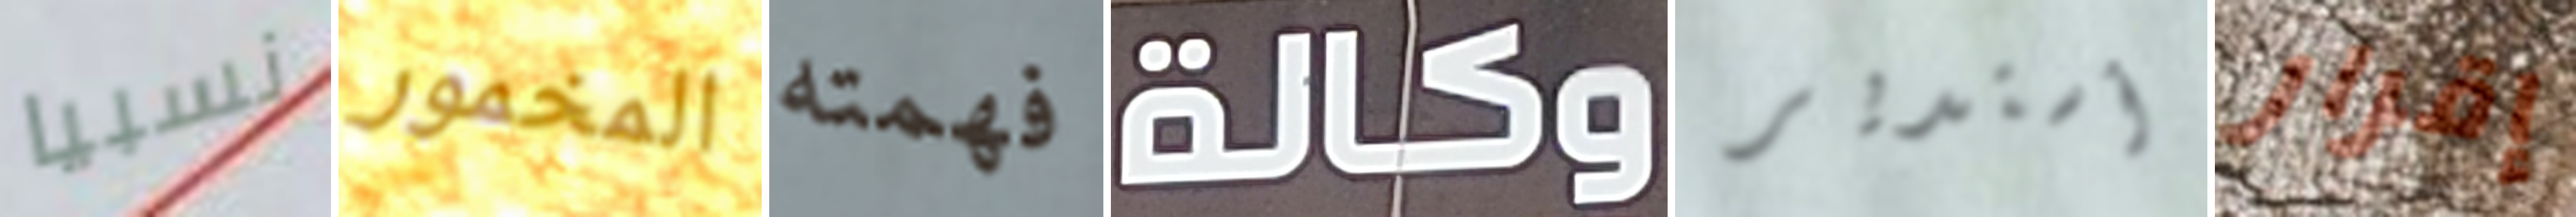
نسبيا المخمور فهمته وكالة أستدير إقرار